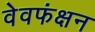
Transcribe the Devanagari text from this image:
वेवफंक्षन